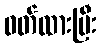
ဝတ်ထားပြီး